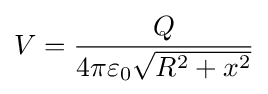
V={\frac {Q}{4\pi \varepsilon _{0}{\sqrt {R^{2}+x^{2}}}}}